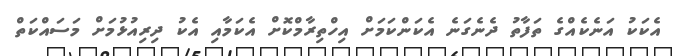
އެކަކު އަނެކެއްގެ ތަފާތު ދެނެގަނެ އެކަންކަމަށް އިހްތިރާމްކޮށް އެކަމާއި އެކު ދިރިއުޅުމަށް މަސައްކަތް